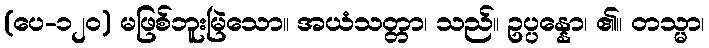
(ပေ-၁၂၀) မဖြစ်ဘူးမြဲသော။ အယံသတ္တာ၊ သည်။ ဥပ္ပန္နော၊ ၏။ တသ္မာ၊